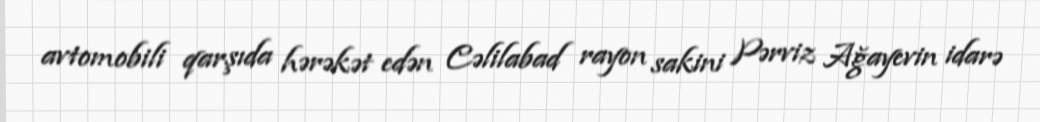
avtomobili qarşıda hərəkət edən Cəlilabad rayon sakini Pərviz Ağayevin idarə